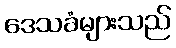
ဒေသခံများသည်